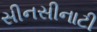
સીનસીનાટી